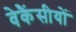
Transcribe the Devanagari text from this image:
वेकैंसीयों